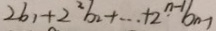
2 b _ { 1 } + 2 ^ { 2 } b _ { 2 } + \cdots + 2 ^ { n - 1 } b _ { n - 1 }